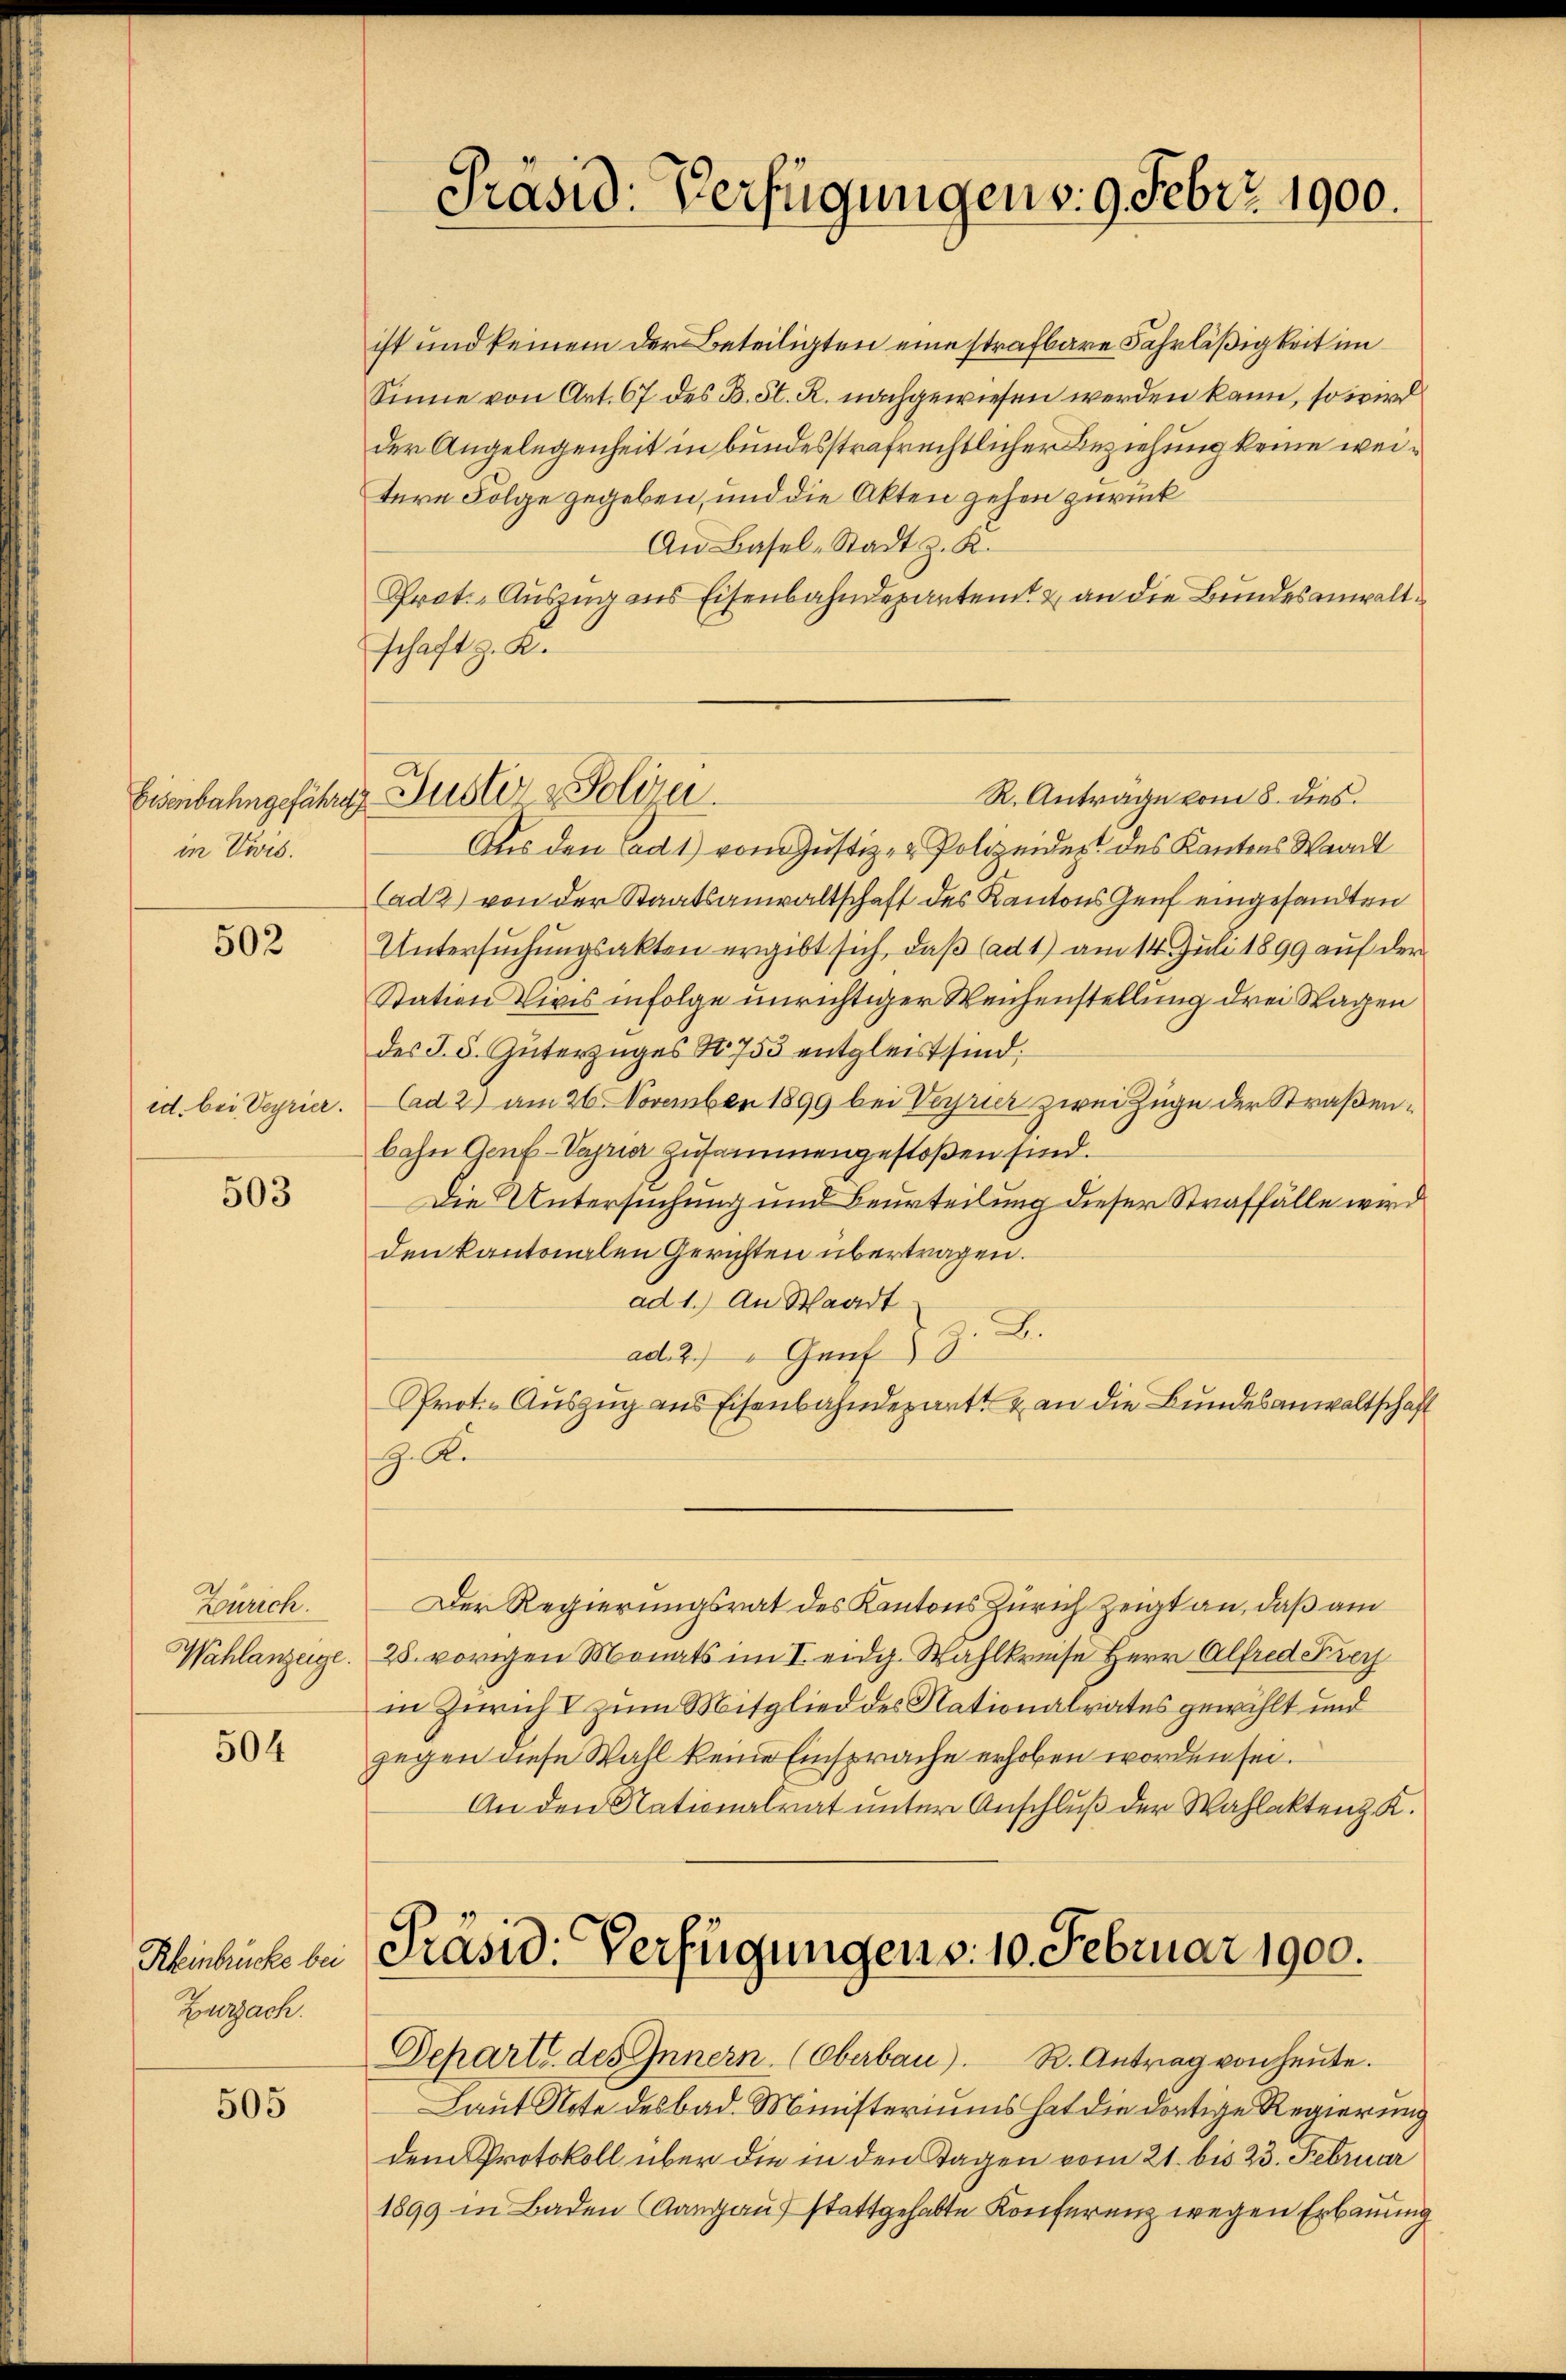
in Vivis.

502

id. bei Verrier.

503

Zürich.
Wahlanzeige.

504

Kleinbrücke bei
Zurzach.

505

ist und keinem der Beteiligten eine strafbare Fahrläßigkeit im
Sinne von Art. 67 des B. St. R. nachgewiesen werden kann, so wird
der Angelegenheit in bundesstrafrechtlicher Beziehung keine weitere Folge gegeben, und die Akten gehen zurück
An Basel-Stadt z. K.
Prot. Auszug ins Eisenbahndeparten & an die Bundesanwaltschaft z. K.

R. Anträge vom 8. dies
Aus den Cad1) vom Justiz- & Polizeidert des Kantons Waadt
Cad2) von der Staatsanwaltschaft des Kantons Genf eingesandten
Untersuchungsakten ergibt sich, daß ad 1) am 14. Juli 1899 auf der
Station viris infolge unrichtiger Weichenstellung drei Sagen
des J. 5. Güterzuges No 753 entgleit sind.
Aad 2) am 26. November 1899 bei Verrier zwei Zuge der Straßenbahn Genf-Varia zusammengestoßen sind.
Die Untersuchung und Beurteilung dieser Straffälle wird
den kantonalen Gerichten übertragen.
ad 1.) An Staadt
z. B.
ad. 2.) " Genf
Prot. - Auszug aus Eisenbahndepart & an die Bundesanwaltschaft
H. Re

Präsid. Verfügungen v. 9. Febr. 1900.

Eisenbahngefährig Guster & Polizei.

Departe des Innern (Oberbau). R. Antrag von heute.
Laut Note des bad. Ministeriums hat die dortige Regierung
dem Protokoll über die in den Tagen vom 21. bis 23. Februar

Der Regierungsrat des Kantons Zürich zeigt an, daß am
25. vorigen Monats im I. eidg. Wahlkreise Herr Alfred Frey
in Zürich & zum Mitglied des Nationalrates gewählt und
gegen diese Wahl keine Einsprache erhoben worden sei.
An den Nationalrat unter Anschluß der Wahlakten K.

Präsid. Verfügungen v. 10. Februar 1900.

1899 in Baden (Aargauf stattgehabte Konferenz wegen Erbauung